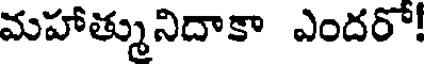
మహాత్మునిదాకా ఎందరో!